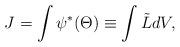
LaTeX: \begin{align*}J=\int \psi^*(\Theta)\equiv \int \tilde{L} dV, \end{align*}